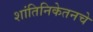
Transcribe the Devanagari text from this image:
शांतिनिकेतनचे